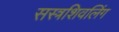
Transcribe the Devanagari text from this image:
सस्त्रशिवलिंग